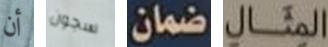
أن سجون ضمان المثال